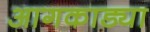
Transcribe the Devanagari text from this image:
आगकाड्या